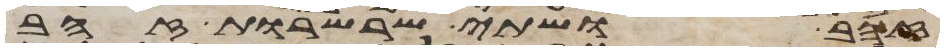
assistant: זהב ושתי שרשרות זהב